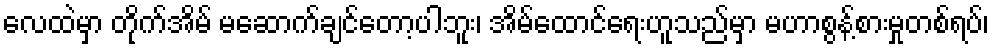
လေထဲမှာ တိုက်အိမ် မဆောက်ချင်တော့ပါဘူး၊ အိမ်ထောင်ရေးဟူသည်မှာ မဟာစွန့်စားမှုတစ်ရပ်၊